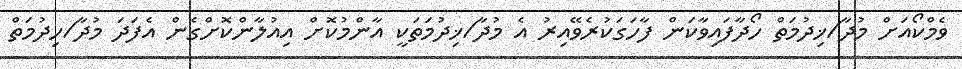
ވެމްކޯއަށް މުދާ/ޚިދުމަތް ހޯދާފައިވާކަން ފާހަގަކުރެވޭއިރު އެ މުދާ/ޚިދުމަތަކީ އާންމުކޮށް އިއުލާންކޮށްގެން އެފަދަ މުދާ/ހިދުމަތް